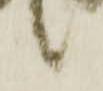
候